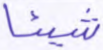
شيئا